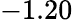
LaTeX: -1.20